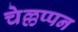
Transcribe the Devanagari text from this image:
चेल्लप्पन